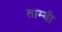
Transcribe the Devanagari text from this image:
ताम्बी